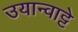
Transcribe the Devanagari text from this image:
उयान्वाट्टे